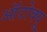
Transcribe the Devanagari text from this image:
ऑटोक्यू